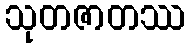
သုတဇာတဿ